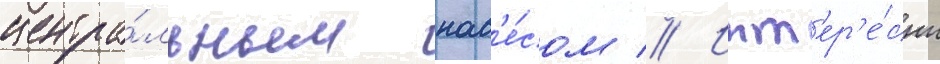
центра́льным нав'е́сом // Инт'ер'е́сны